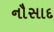
નૌસાદ